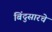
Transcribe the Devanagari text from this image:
बिंदुसारचे